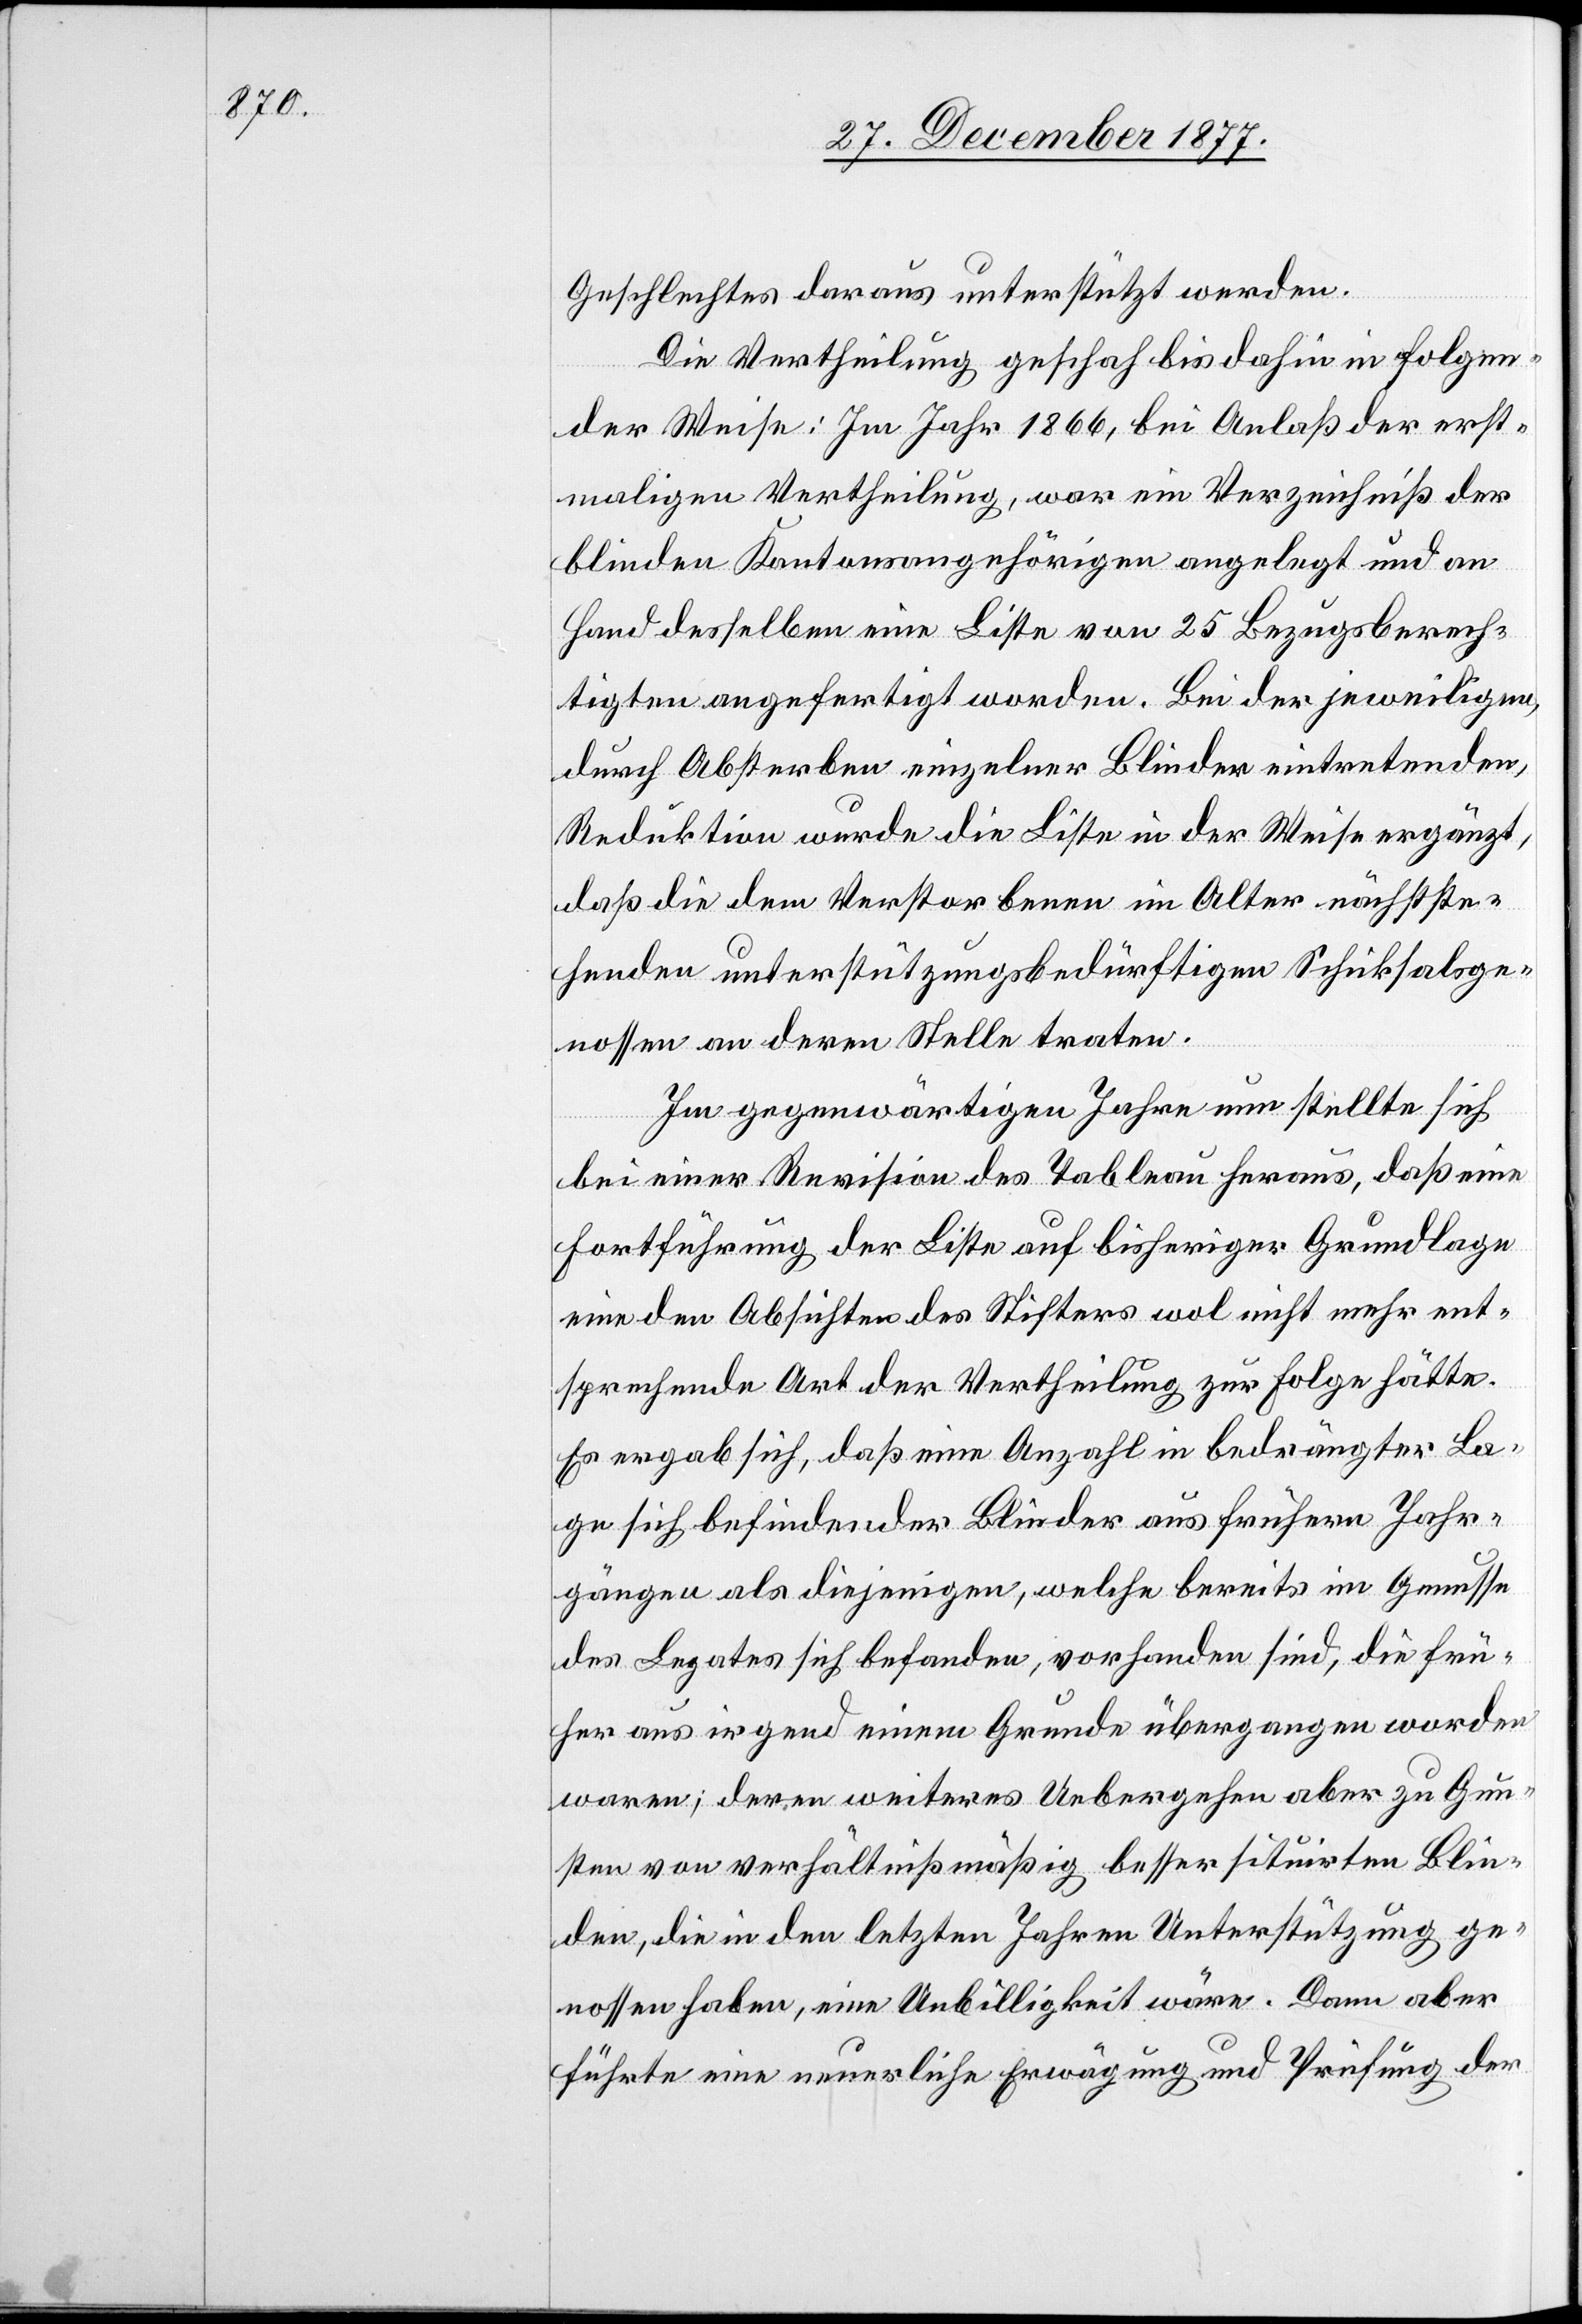
Geschlechtes daraus unterstützt werden.
Die Vertheilung geschah bis dahin in folgen¬
der Weise: Im Jahr 1866, bei Anlaß der erst¬
maligen Vertheilung, war ein Verzeichniß der
blinden Kantonsangehörigen angelegt und an
Hand desselben eine Liste von 25 Bezugsberech¬
tigten angefertigt worden. Bei der jeweiligen,
durch Absterben einzelner Blinder eintretenden,
Reduktion wurde die Liste in der Weise ergänzt,
daß die dem Verstorbenen im Alter nächstste¬
henden unterstützungsbedürftigen Schicksalsge¬
nossen an deren Stelle traten.
Im gegenwärtigen Jahre nun stellte sich
bei einer Revision des Tableau heraus, daß eine
Fortführung der Liste auf bisheriger Grundlage
eine den Absichten des Stifters wol nicht mehr ent¬
sprechende Art der Vertheilung zur Folge hätte.
Es ergab sich, daß eine Anzahl in bedrängter La¬
ge sich befindender Blinder aus frühern Jahr¬
gängen als diejenigen, welche bereits im Genusse
des Legates sich befanden, vorhanden sind, die frü¬
her aus irgend einem Grunde übergangen worden
waren; deren weiteres Uebergehen aber zu Gun¬
sten von verhältnißmäßig besser situirten Blin¬
den, die in den letzten Jahren Unterstützung ge¬
nossen haben, eine Unbilligkeit wäre. Dann aber
führte eine neuerliche Erwägung und Prüfung der